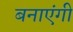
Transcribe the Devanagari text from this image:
बनाएंगी